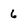
Character: 6